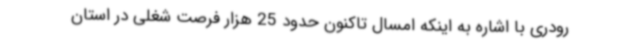
رودری با اشاره به اینکه امسال تاکنون حدود 25 هزار فرصت شغلی در استان